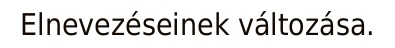
Elnevezéseinek változása.